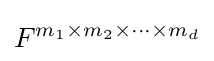
F^{m_{1}\times m_{2}\times \cdots \times m_{d}}